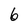
Character: 6